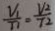
\frac { V _ { 1 } } { T _ { 1 } } = \frac { V _ { 2 } } { T 2 }